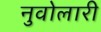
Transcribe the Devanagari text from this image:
नुवोलारी